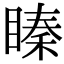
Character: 𥉜